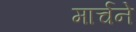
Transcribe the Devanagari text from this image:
मार्चने